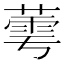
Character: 𬝷